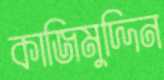
কাজিমুদ্দিন